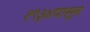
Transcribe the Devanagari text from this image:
१९३४पासून